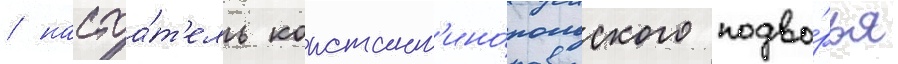
/ настоа́т'ель констант'ино́польского подво́рья